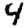
Digit: 4